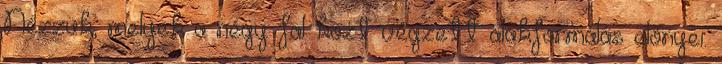
Nézzük, melyek a négy fal közt végzett alakformálás előnyei.